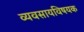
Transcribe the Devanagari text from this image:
व्यवसायविषयक